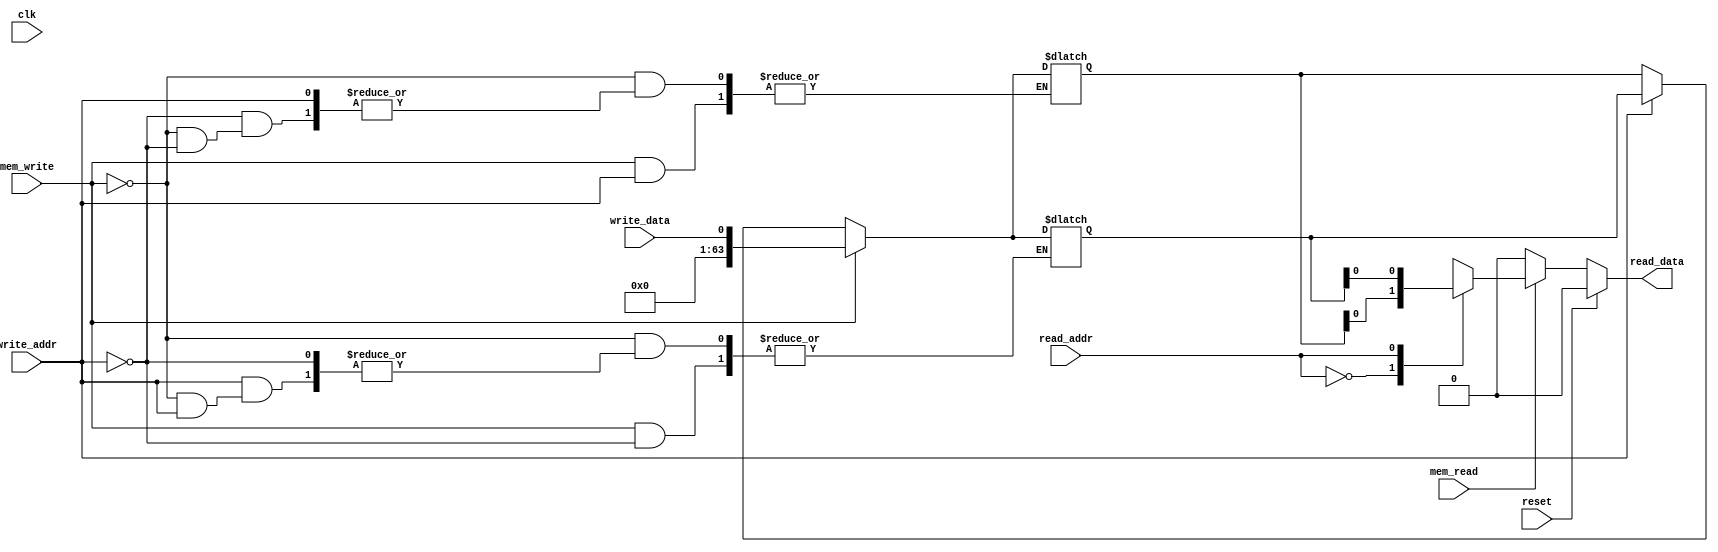
`timescale 1ns / 1ps
//////////////////////////////////////////////////////////////////////////////////
// Company: 
// Engineer: 
// 
// Design Name: 
// Module Name: data_memory
// Project Name: 
// Target Devices: 
// Tool Versions: 
// Description: 
// 
// Dependencies: 
// 
// Revision:
// Revision 0.01 - File Created
// Additional Comments:
// 
//////////////////////////////////////////////////////////////////////////////////


module data_memory(
input   clk, 
input   reset,
input   mem_write,
input   write_addr,
input   write_data,
input   mem_read,
input   read_addr,
output  reg     read_data

);
localparam      MEM_WIDTH       =64;
localparam      MEM_DEPTH       =128;

reg [MEM_WIDTH-1:0] mem [MEM_DEPTH-1:0];

always@(*) begin
    if(reset) begin
        read_data <= 0;
    end
    else begin
        if(mem_read) begin
            read_data <= mem[read_addr];
        end else begin
            read_data <= 0;
        end
    end
end

always@(*) begin
    if (mem_write) begin
        mem[write_addr] <= write_data;
    end else begin
        mem[write_addr] <= mem[write_addr];
    end
end


endmodule